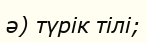
ә) түрік тілі;